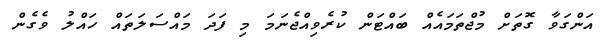
އަންގަވާ ގޮތަށް މުޖްތަމައެއް ބައްޓަން ކުރެވިއްޖެނަމަ މި ފަދަ މައްސަލަތައް ހައްލު ވެގެން